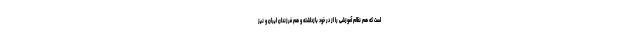
است که هم نظام آموزشی را از در خود بازداشته و هم فرزندان ایران و نیز